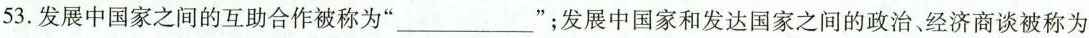
53.发展中国家之间的互助合作被称为”___”；发展中国家和发达国家之间的政治、经济商谈被称为